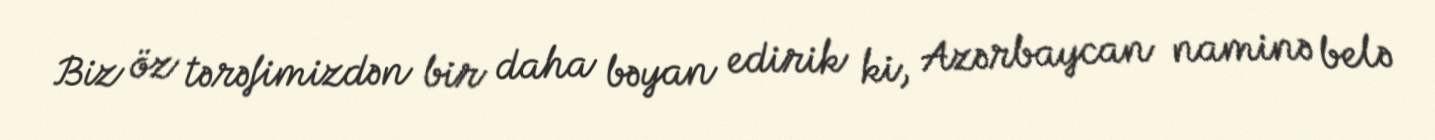
Biz öz tərəfimizdən bir daha bəyan edirik ki, Azərbaycan naminə belə